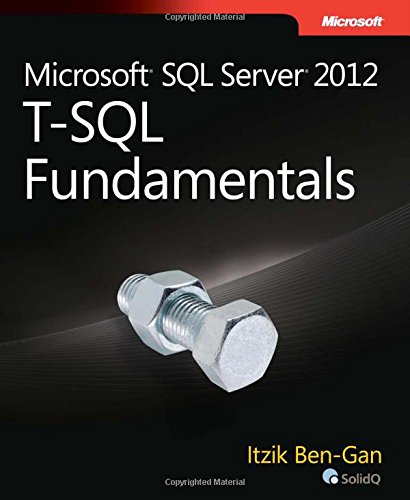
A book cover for Microsoft SQL Server 2012 T-SQL Fundamentals (Developer Reference); Itzik Ben-Gan; Computers & Technology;